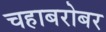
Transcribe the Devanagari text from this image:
चहाबरोबर